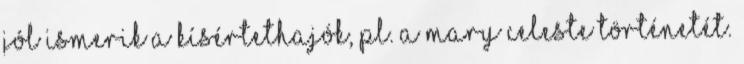
jól ismerik a kísértethajók, pl. a Mary Celeste történetét.